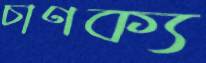
চাণক্য